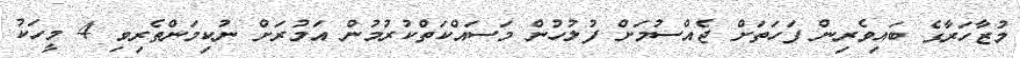
މުޒާހަރާގެ ބައިވެރިން ފަހަތަށް ޖެއްސުމަށް ފުލުހުން މަސައްކަތްކުރުމުން އަމުރަށް ނުކިމަންތެރިވި 4 މީހަކު